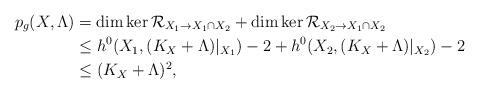
LaTeX: \begin{align*} p_g(X,\Lambda)&=\dim\ker \mathcal{R}_{X_1\to X_1\cap X_2}+\dim \ker \mathcal{R}_{X_2\to X_1\cap X_2}\\ &\le h^0(X_1,(K_X+\Lambda)|_{X_1})-2+h^0(X_2,(K_X+\Lambda)|_{X_2})-2\\ &\le (K_X+\Lambda)^2, \end{align*}